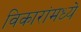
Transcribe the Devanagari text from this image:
विकारांमध्ये